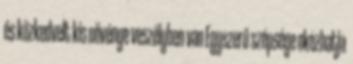
és közkedvelt kis növénye veszélyben van Egyszerű szépsége okozhatja